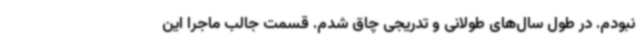
نبودم. در طول سال‌های طولانی و تدریجی چاق شدم. قسمت جالب ماجرا این